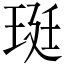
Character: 珽